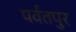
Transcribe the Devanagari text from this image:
पर्वतपुर